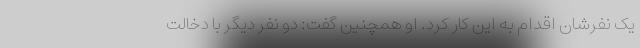
یک نفرشان اقدام به این کار کرد. او همچنین گفت: دو نفر دیگر با دخالت